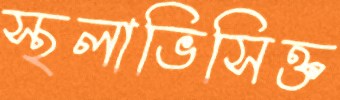
স্থলাভিসিক্ত